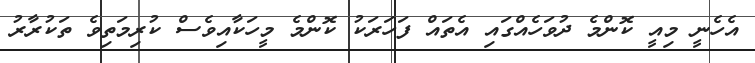
އެހެނީ މިއީ ކޮންމެ ދުވަހެއްގައި އެތައް ފަހަރަކު ކޮންމެ މީހަކާއިވެސް ކުރިމަތިވެ ތަކުރާރު